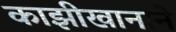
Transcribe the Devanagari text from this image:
काझीखानाने